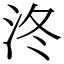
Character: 泈